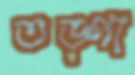
তড়্‌পা